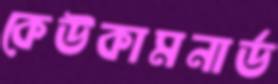
কেউকামনার্ড